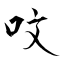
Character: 呅